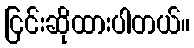
ငြင်းဆိုထားပါတယ်။